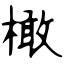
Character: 橄